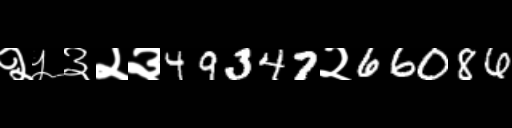
Text: २५३२३49347२66086